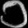
Digit: ၁